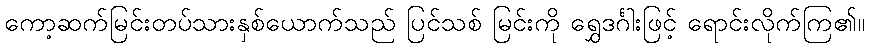
ကော့ဆက်မြင်းတပ်သားနှစ်ယောက်သည် ပြင်သစ် မြင်းကို ရွှေဒင်္ဂါးဖြင့် ရောင်းလိုက်ကြ၏။